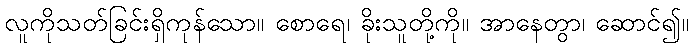
လူကိုသတ်ခြင်းရှိကုန်သော။ စောရေ၊ ခိုးသူတို့ကို။ အာနေတွာ၊ ဆောင်၍။